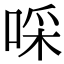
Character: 啋